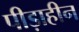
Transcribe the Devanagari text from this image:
पीड़ाहीन